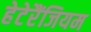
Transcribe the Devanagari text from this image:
हेटेरैंजियम